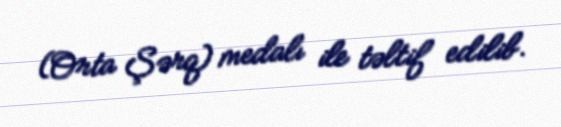
(Orta Şərq) medalı ile təltif edilib.